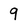
Character: 9